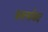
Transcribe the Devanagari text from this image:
कार्ल्सवाद